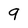
Character: 9